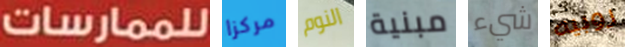
للممارسات مركزا النوم مبنية شيء روبيه